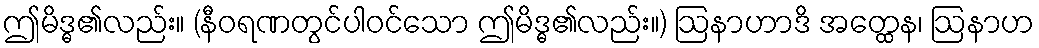
ဤမိဒ္ဓ၏လည်း။ (နီဝရဏတွင်ပါဝင်သော ဤမိဒ္ဓ၏လည်း။) ဩနာဟာဒိ အတ္ထေန၊ ဩနာဟ